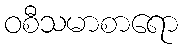
ဝစီသမာစာရော